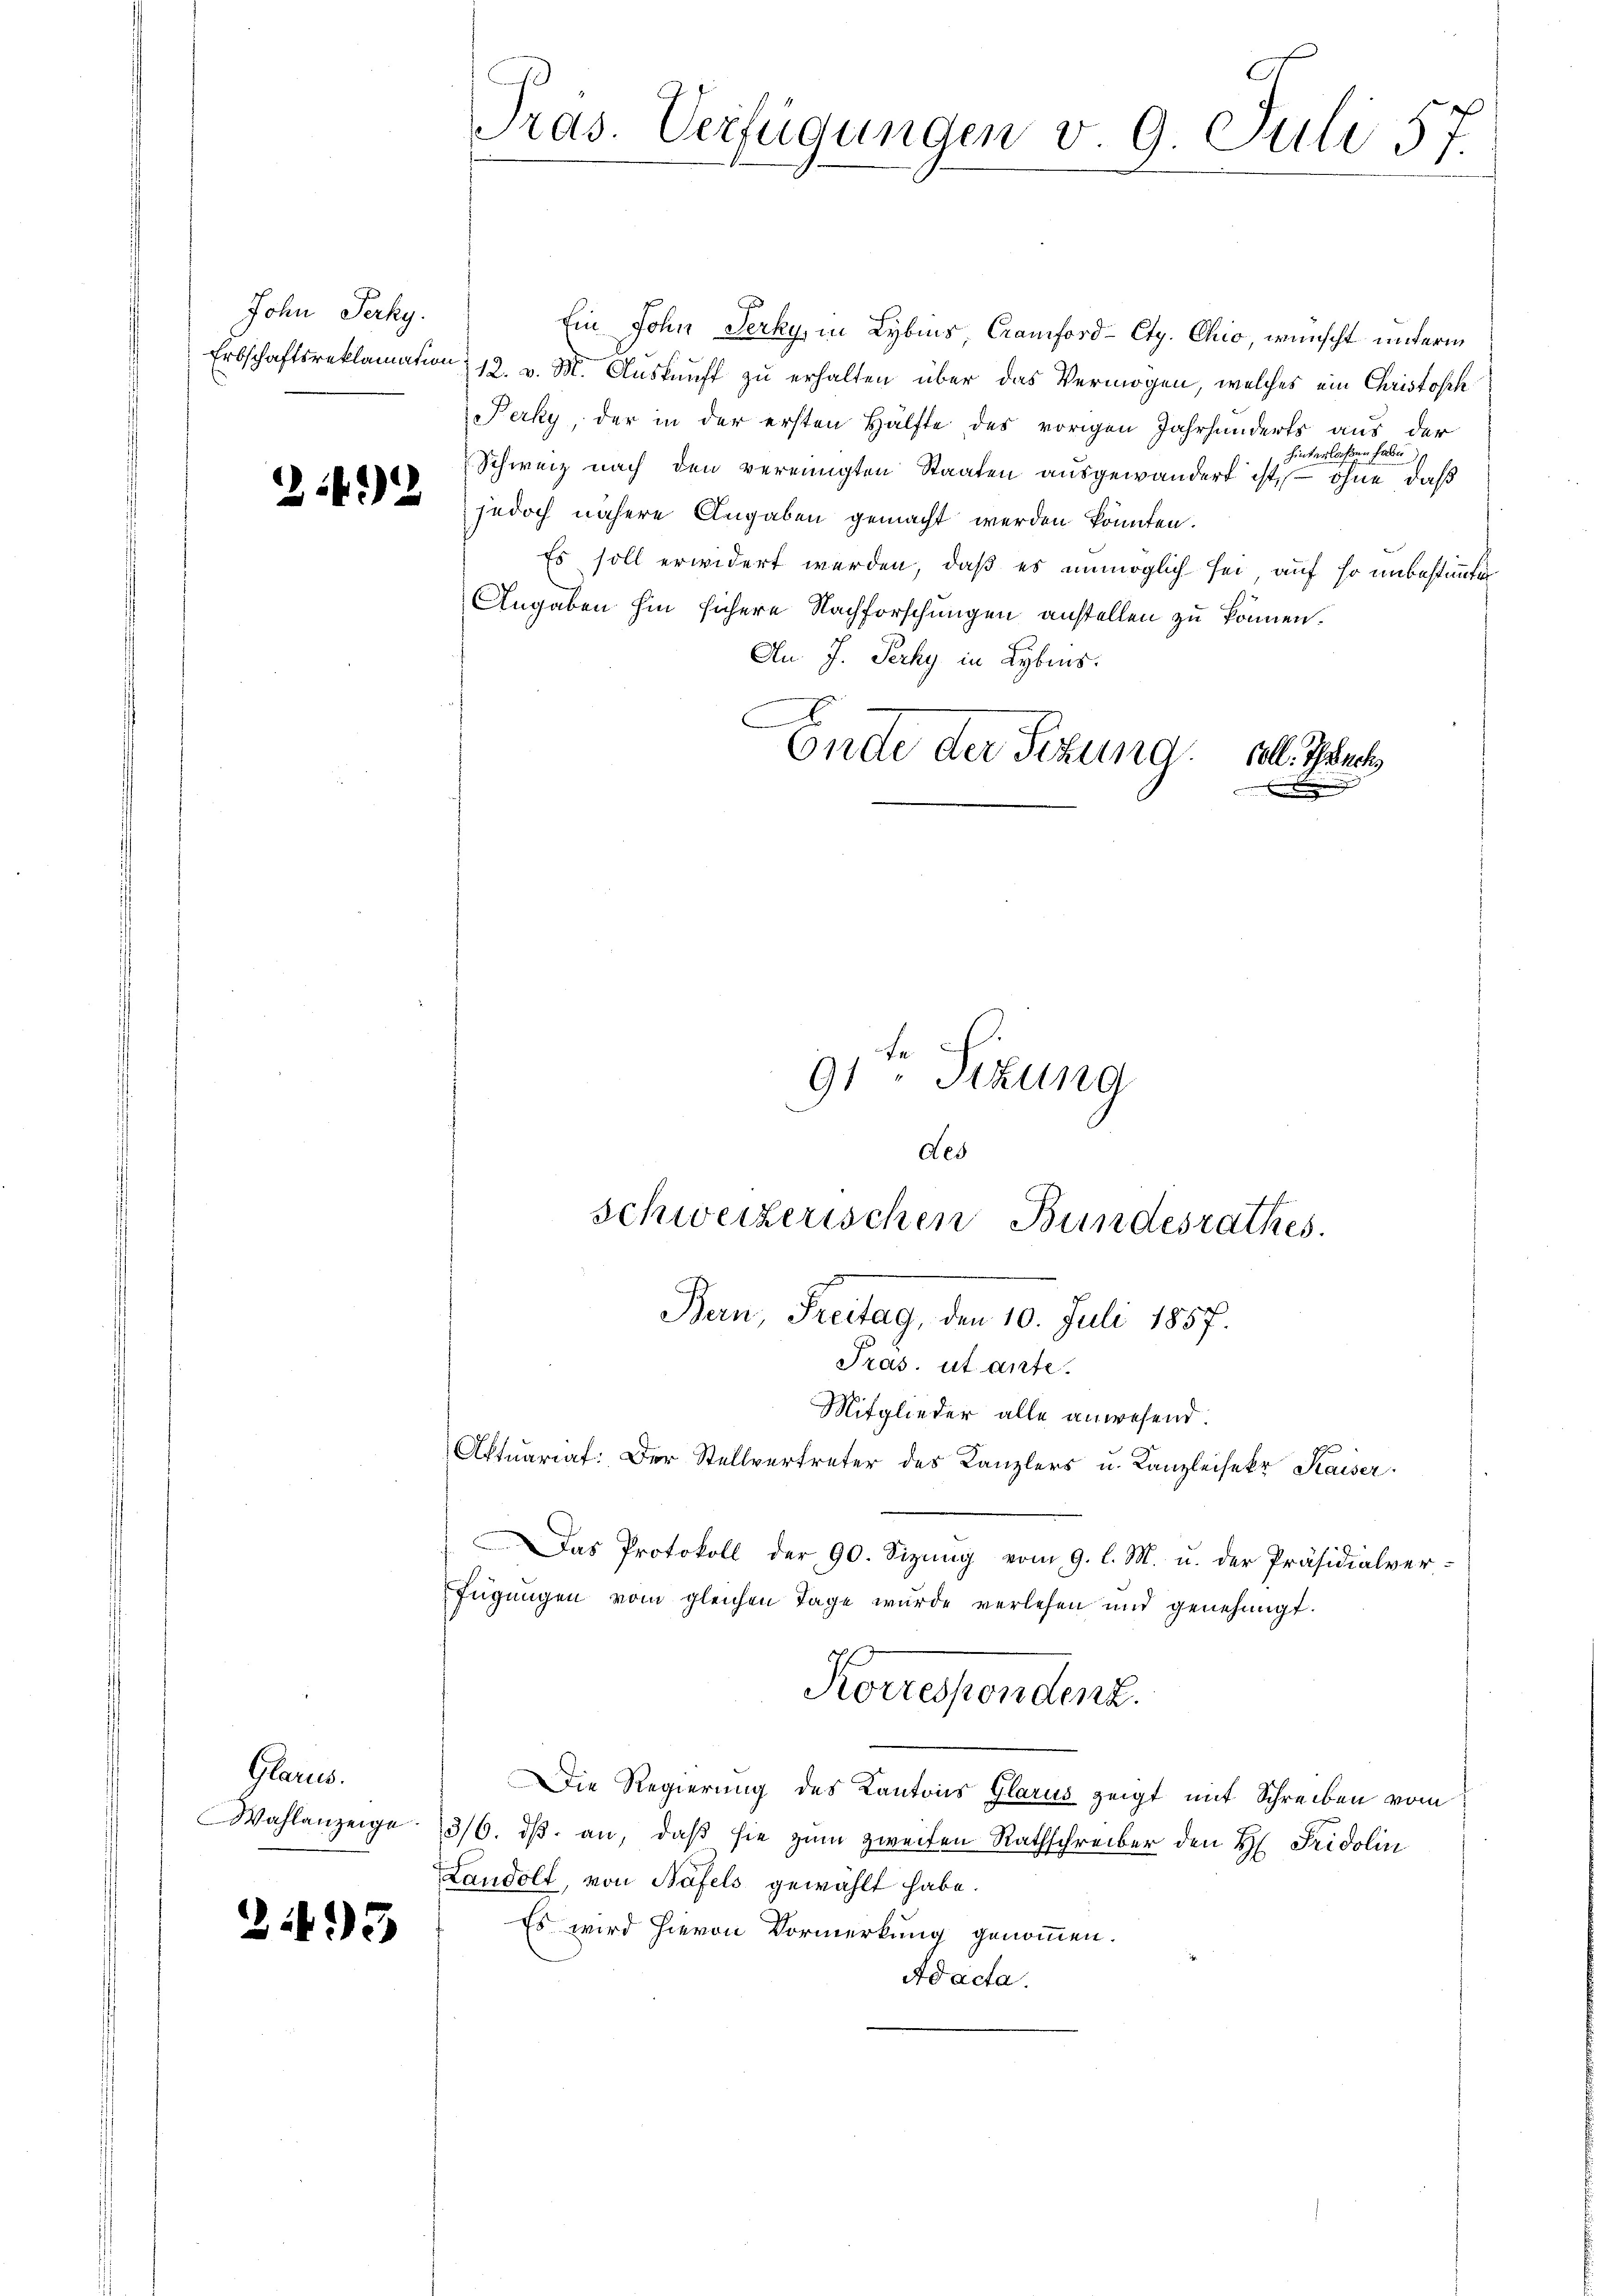
John Perky.

242

Glarus.
Wahlanzeige.

23

Pras. Verfügungen v. 9. Juli 57.

Ein Sohn Jerky, in Lybins Cramford-Ctg. Chio, wünscht unterm
Erbschaftsreklamation 12. v. M. Auskunft zu erhalten über das Vermögen, welches ein Christosch
Perky, der in der ersten Hälfte des vorigen Jahrhunderts aus der
hinterlaßen habe,
Schweiz nach den vereinigten Staaten ausgewandert ist, ohne daß
jedoch nähere Angaben gemacht werden könnten.
Es soll erwidert werden, daß es unmöglich sei, auf so unbestimmter
Angaben hin sichere Nachforschungen anstellen zu können.
An. J. Perky in Lybins.
x
des
Schweizerischen Bundesrathes.
Bern, Freitag, den 10. Juli 1857.
Pras. ut ante.
Mitglieder alle anwesend.
Aktuariat: Der Stellvertreter des Kanzlers u. Kanzleisekr Kaiser
Das Protokoll der 90. Sizŭng vom 9. l. M. u. der Präsidialver-
fügŭngen vom gleichen Tage wurde verlesen und genehmigt.
Korrespondenz.
Die Regierung des Kantons Glarus zeigt mit Schreiben vom
3/6. dβ an, daß sie zum zweiten Rathschreiber den H. Fridolin
Landolt, von Näfels gewählt habe.
Es wird hievon Vormerkung genommen.
Ad acta.

Ende der Sitzung soll. Tech
e

91 Sizung